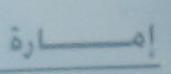
إمارة